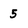
Character: 5